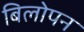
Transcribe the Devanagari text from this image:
बिलोपन